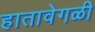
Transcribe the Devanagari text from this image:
हातावेगळी